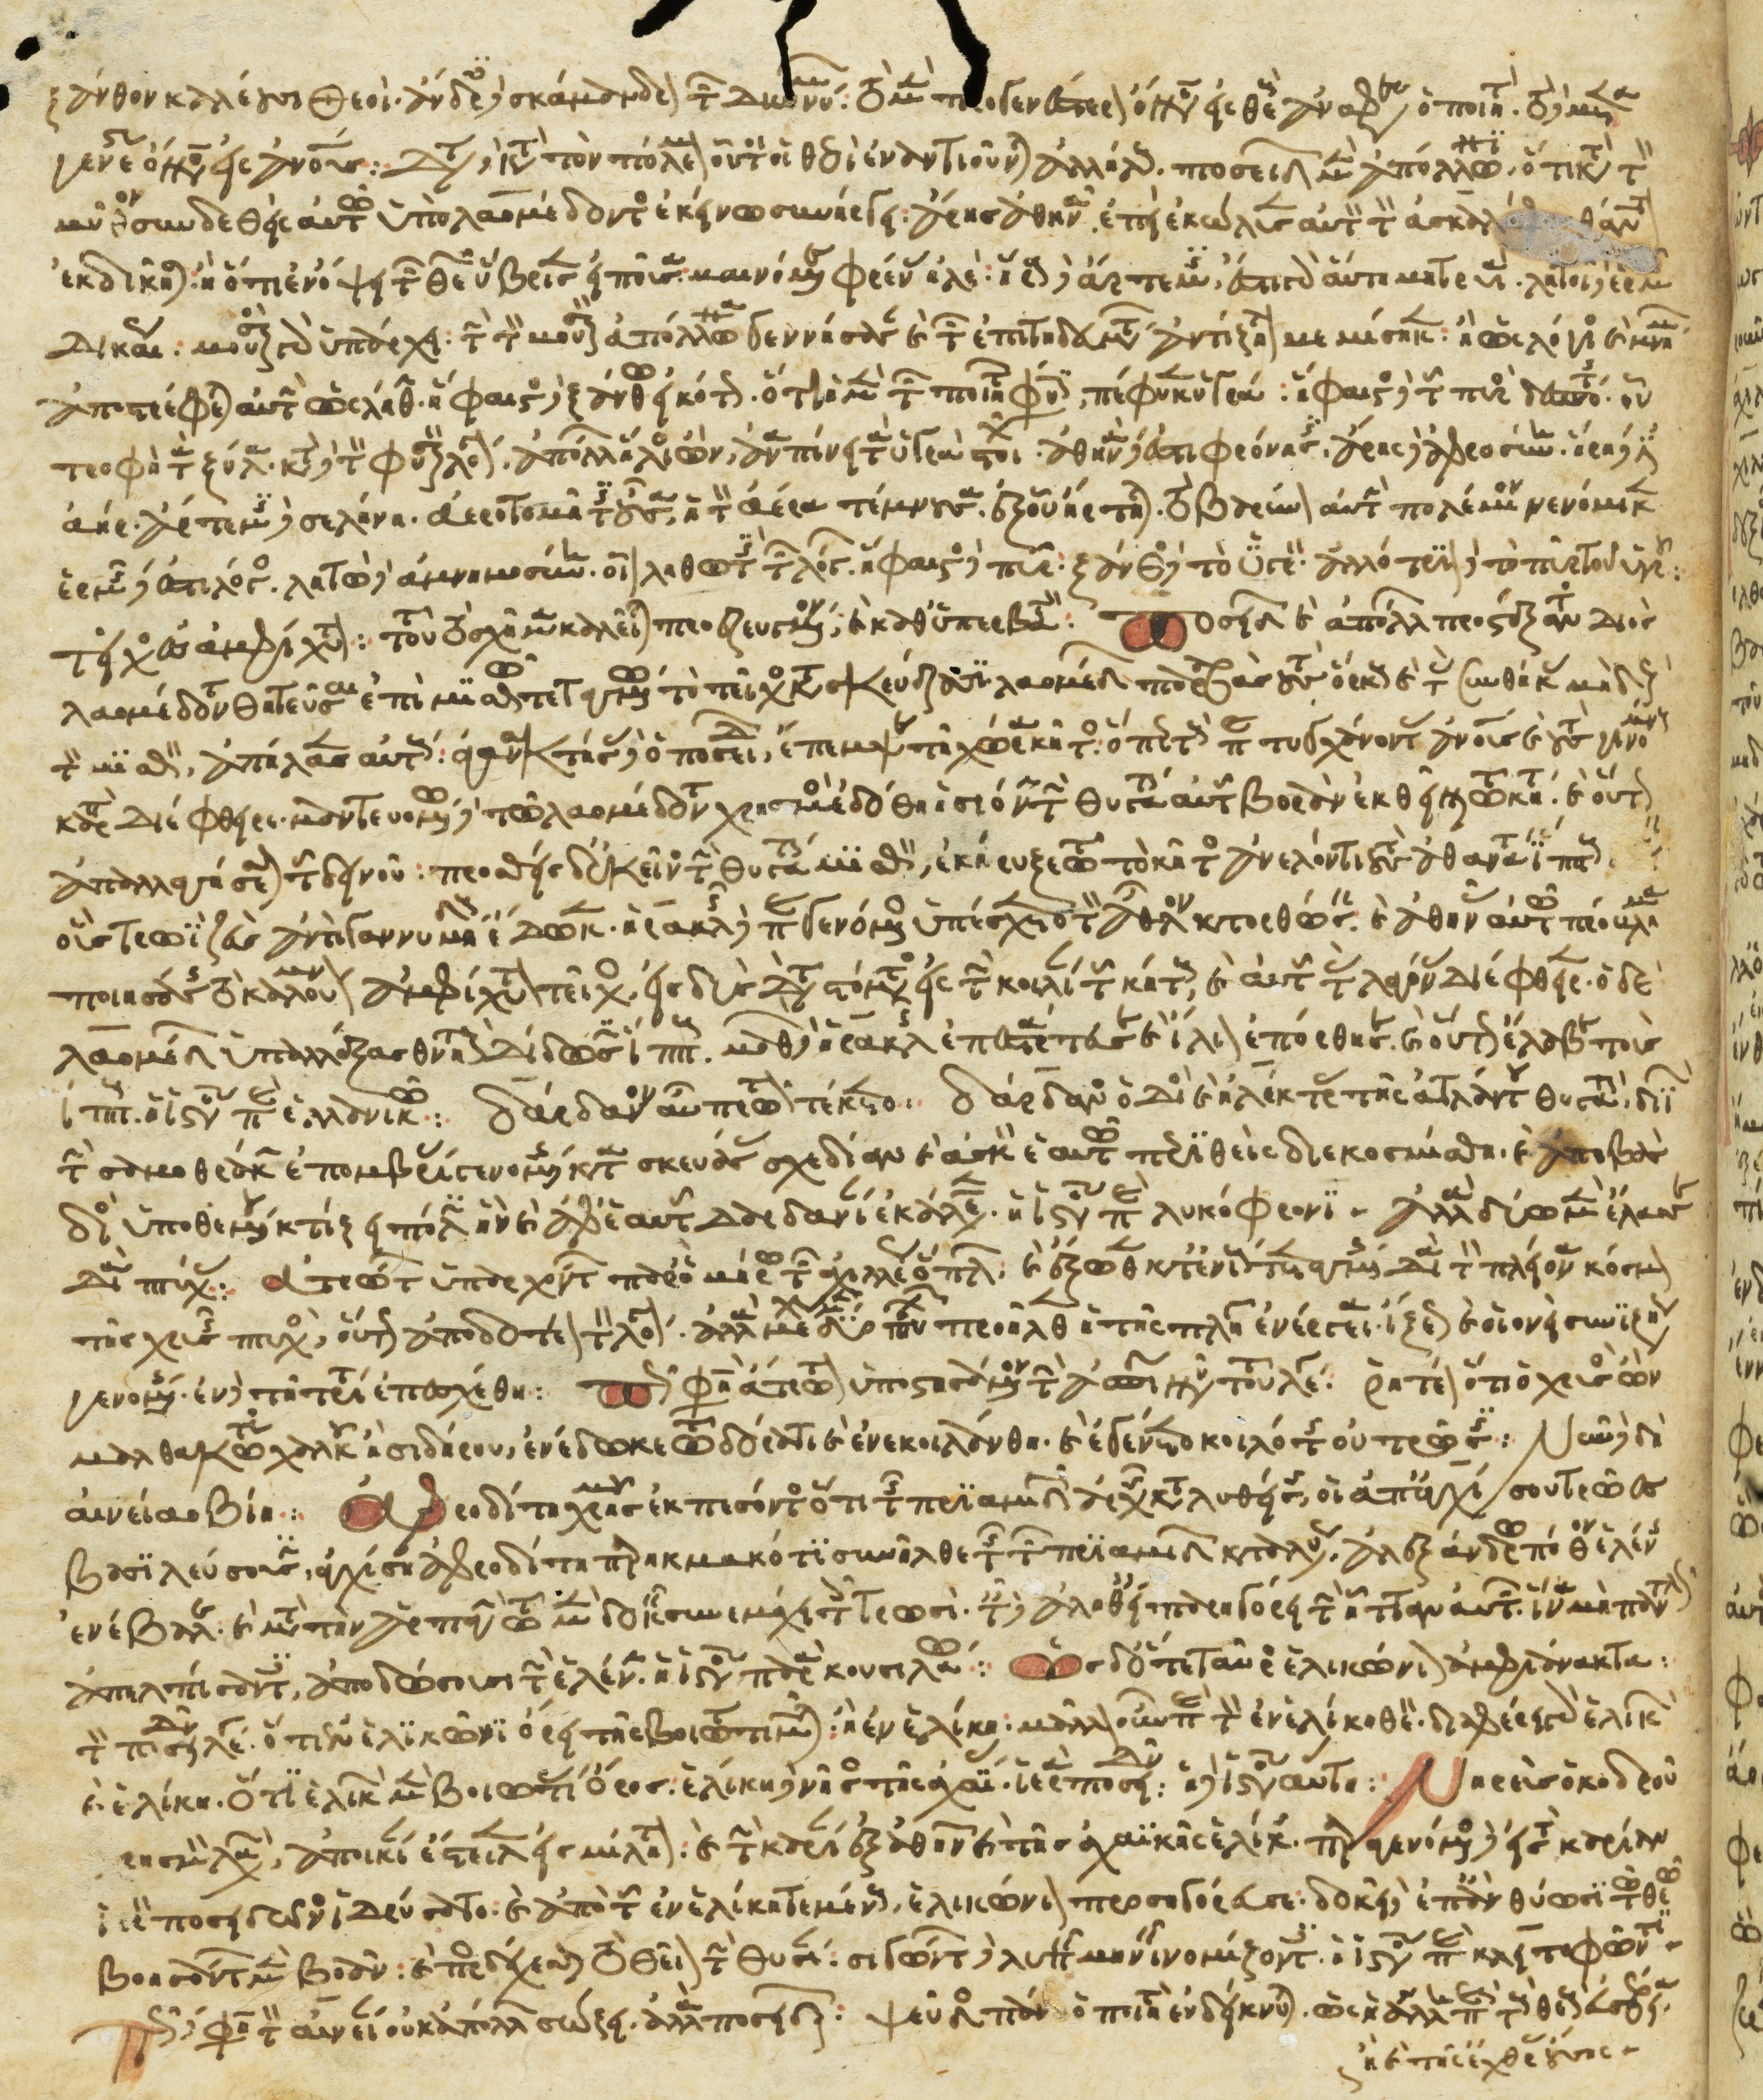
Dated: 1266–1299